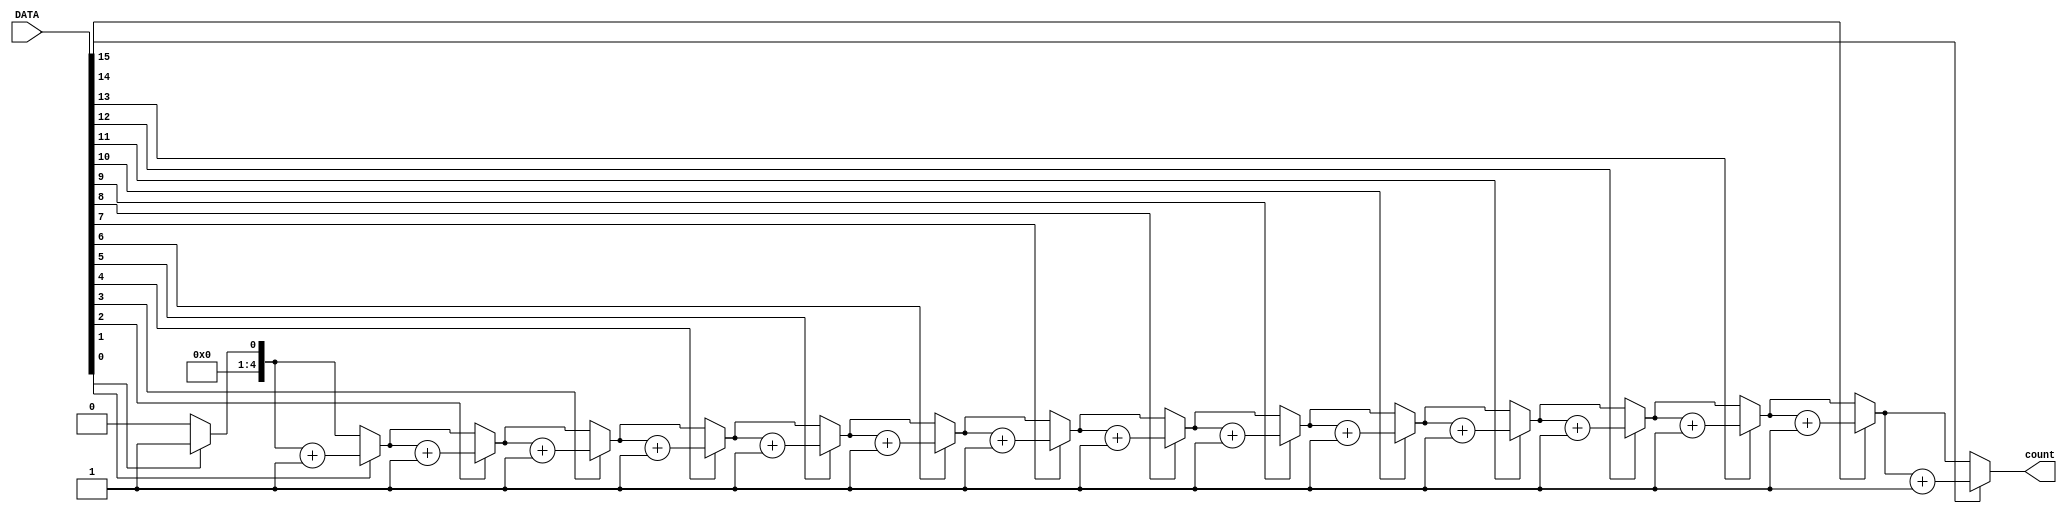
module onecount(input [15:0]DATA , output reg [4:0]count);

 integer i;
	always @(*)
	begin 
		count = 5'b00000;
		for (i = 0; i<16; i = i+1)
		begin
			if (DATA[i] == 1)
			begin
				count = count + 1;
			end
		end
	end
endmodule